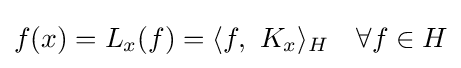
f(x)=L_{x}(f)=\langle f,\ K_{x}\rangle _{H}\quad \forall f\in H